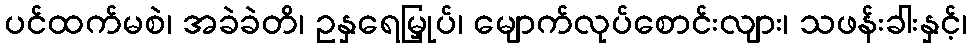
ပင်ထက်မစဲ၊ အခဲခဲတိ၊ ဥနှရေမြှုပ်၊ မျောက်လုပ်စောင်းလျား၊ သဖန်းခါးနှင့်၊